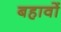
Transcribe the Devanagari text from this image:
बहावों